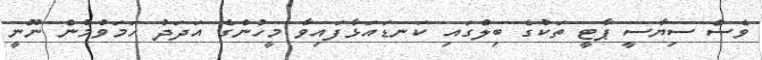
ވެސް ސިޔާސީ ޕާޓީ ތަކުގެ ބިލްގައި ކަނޑައަޅާފައިވާ މީހުންގެ އަދަދު ހަމަވުމުން ނޫނީ